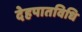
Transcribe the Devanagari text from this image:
देहपातविधि